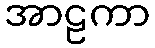
အာဠကာ